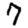
Digit: 7